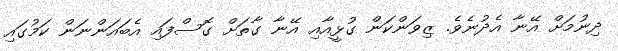
ދިނުމަށް އޭނާ އެދުނެވެ. ޒިވަންކަން ގުޅީއާއި އޭނާ ގާތަށް ގޮސްފައި އެބައަންނަން ކަމުގައި